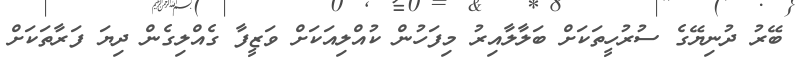
ބޭރު ދުނިޔޭގެ ސުރުހީތަކަށް ބަލާލާއިރު މިފަހުން ކުއްލިއަކަށް ވަޒީފާ ގެއްލިގެން ދިޔަ ފަރާތަކަށް